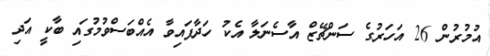
އުމުރުން 26 އަހަރުގެ ސަންޗޭޒް އާސެނަލާ އެކު ހަދާފައިވާ އެއްބަސްވުމުގައި ބާކީ އަދި